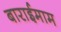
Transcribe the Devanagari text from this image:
बाराईमाम